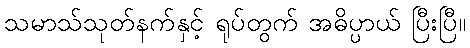
သမာသ်သုတ်နက်နှင့် ရုပ်တွက် အဓိပ္ပာယ် ပြီးပြီ။